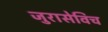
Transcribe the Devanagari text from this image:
जुरासेविच